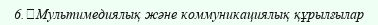
6.	Мультимедиялық және коммуникациялық құрылғылар